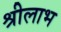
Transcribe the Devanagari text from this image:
श्रीलाभ